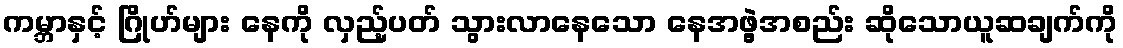
ကမ္ဘာနှင့် ဂြိုဟ်များ နေကို လှည့်ပတ် သွားလာနေသော နေအဖွဲ့အစည်း ဆိုသောယူဆချက်ကို